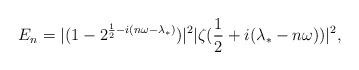
LaTeX: \begin{align*}E_{n} = |(1-2^{\frac{1}{2}-i(n\omega-\lambda_{*})})|^{2}|\zeta(\frac{1}{2}+i(\lambda_{*}-n\omega))|^{2},\end{align*}